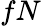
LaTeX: fN